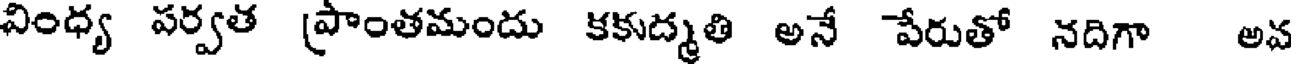
వింధ్య పర్వత (పాంతమందు కకుద్మతి అనే పేరుతో నదిగా అవ